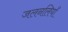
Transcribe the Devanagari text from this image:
जलनलियाँ